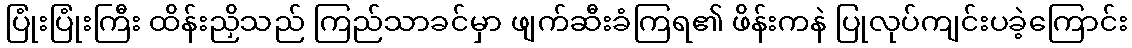
ပြုံးပြုံးကြီး ထိန်းညှိသည် ကြည်သာခင်မှာ ဖျက်ဆီးခံကြရ၏ ဖိန်းကနဲ ပြုလုပ်ကျင်းပခဲ့ကြောင်း